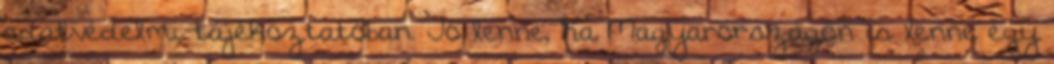
adatvédelmi tájékoztatóban. Jó lenne, ha Magyarországon is lenne egy